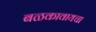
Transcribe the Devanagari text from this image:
बळकावायचा